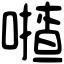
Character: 𠾵